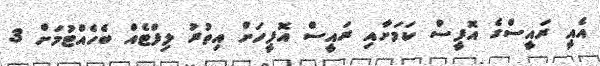
އެއީ ރައީސްގެ އޮފީސް ކަމަށާއި ރައީސް އޮފީހަށް އިތުރު ލިފްޓެއް ބެހެއްޓުމަށް 3